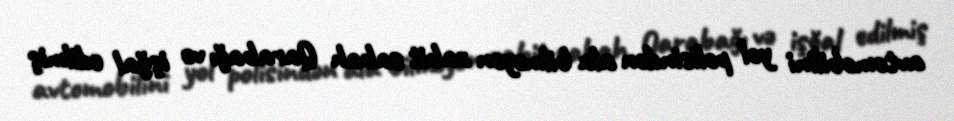
avtomobilini yol polisindən ala bilməyən zabit sabah Qarabağı və işğal edilmiş